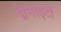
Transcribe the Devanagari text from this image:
ग्रैनाइटों